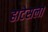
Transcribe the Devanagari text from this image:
हाटेसला